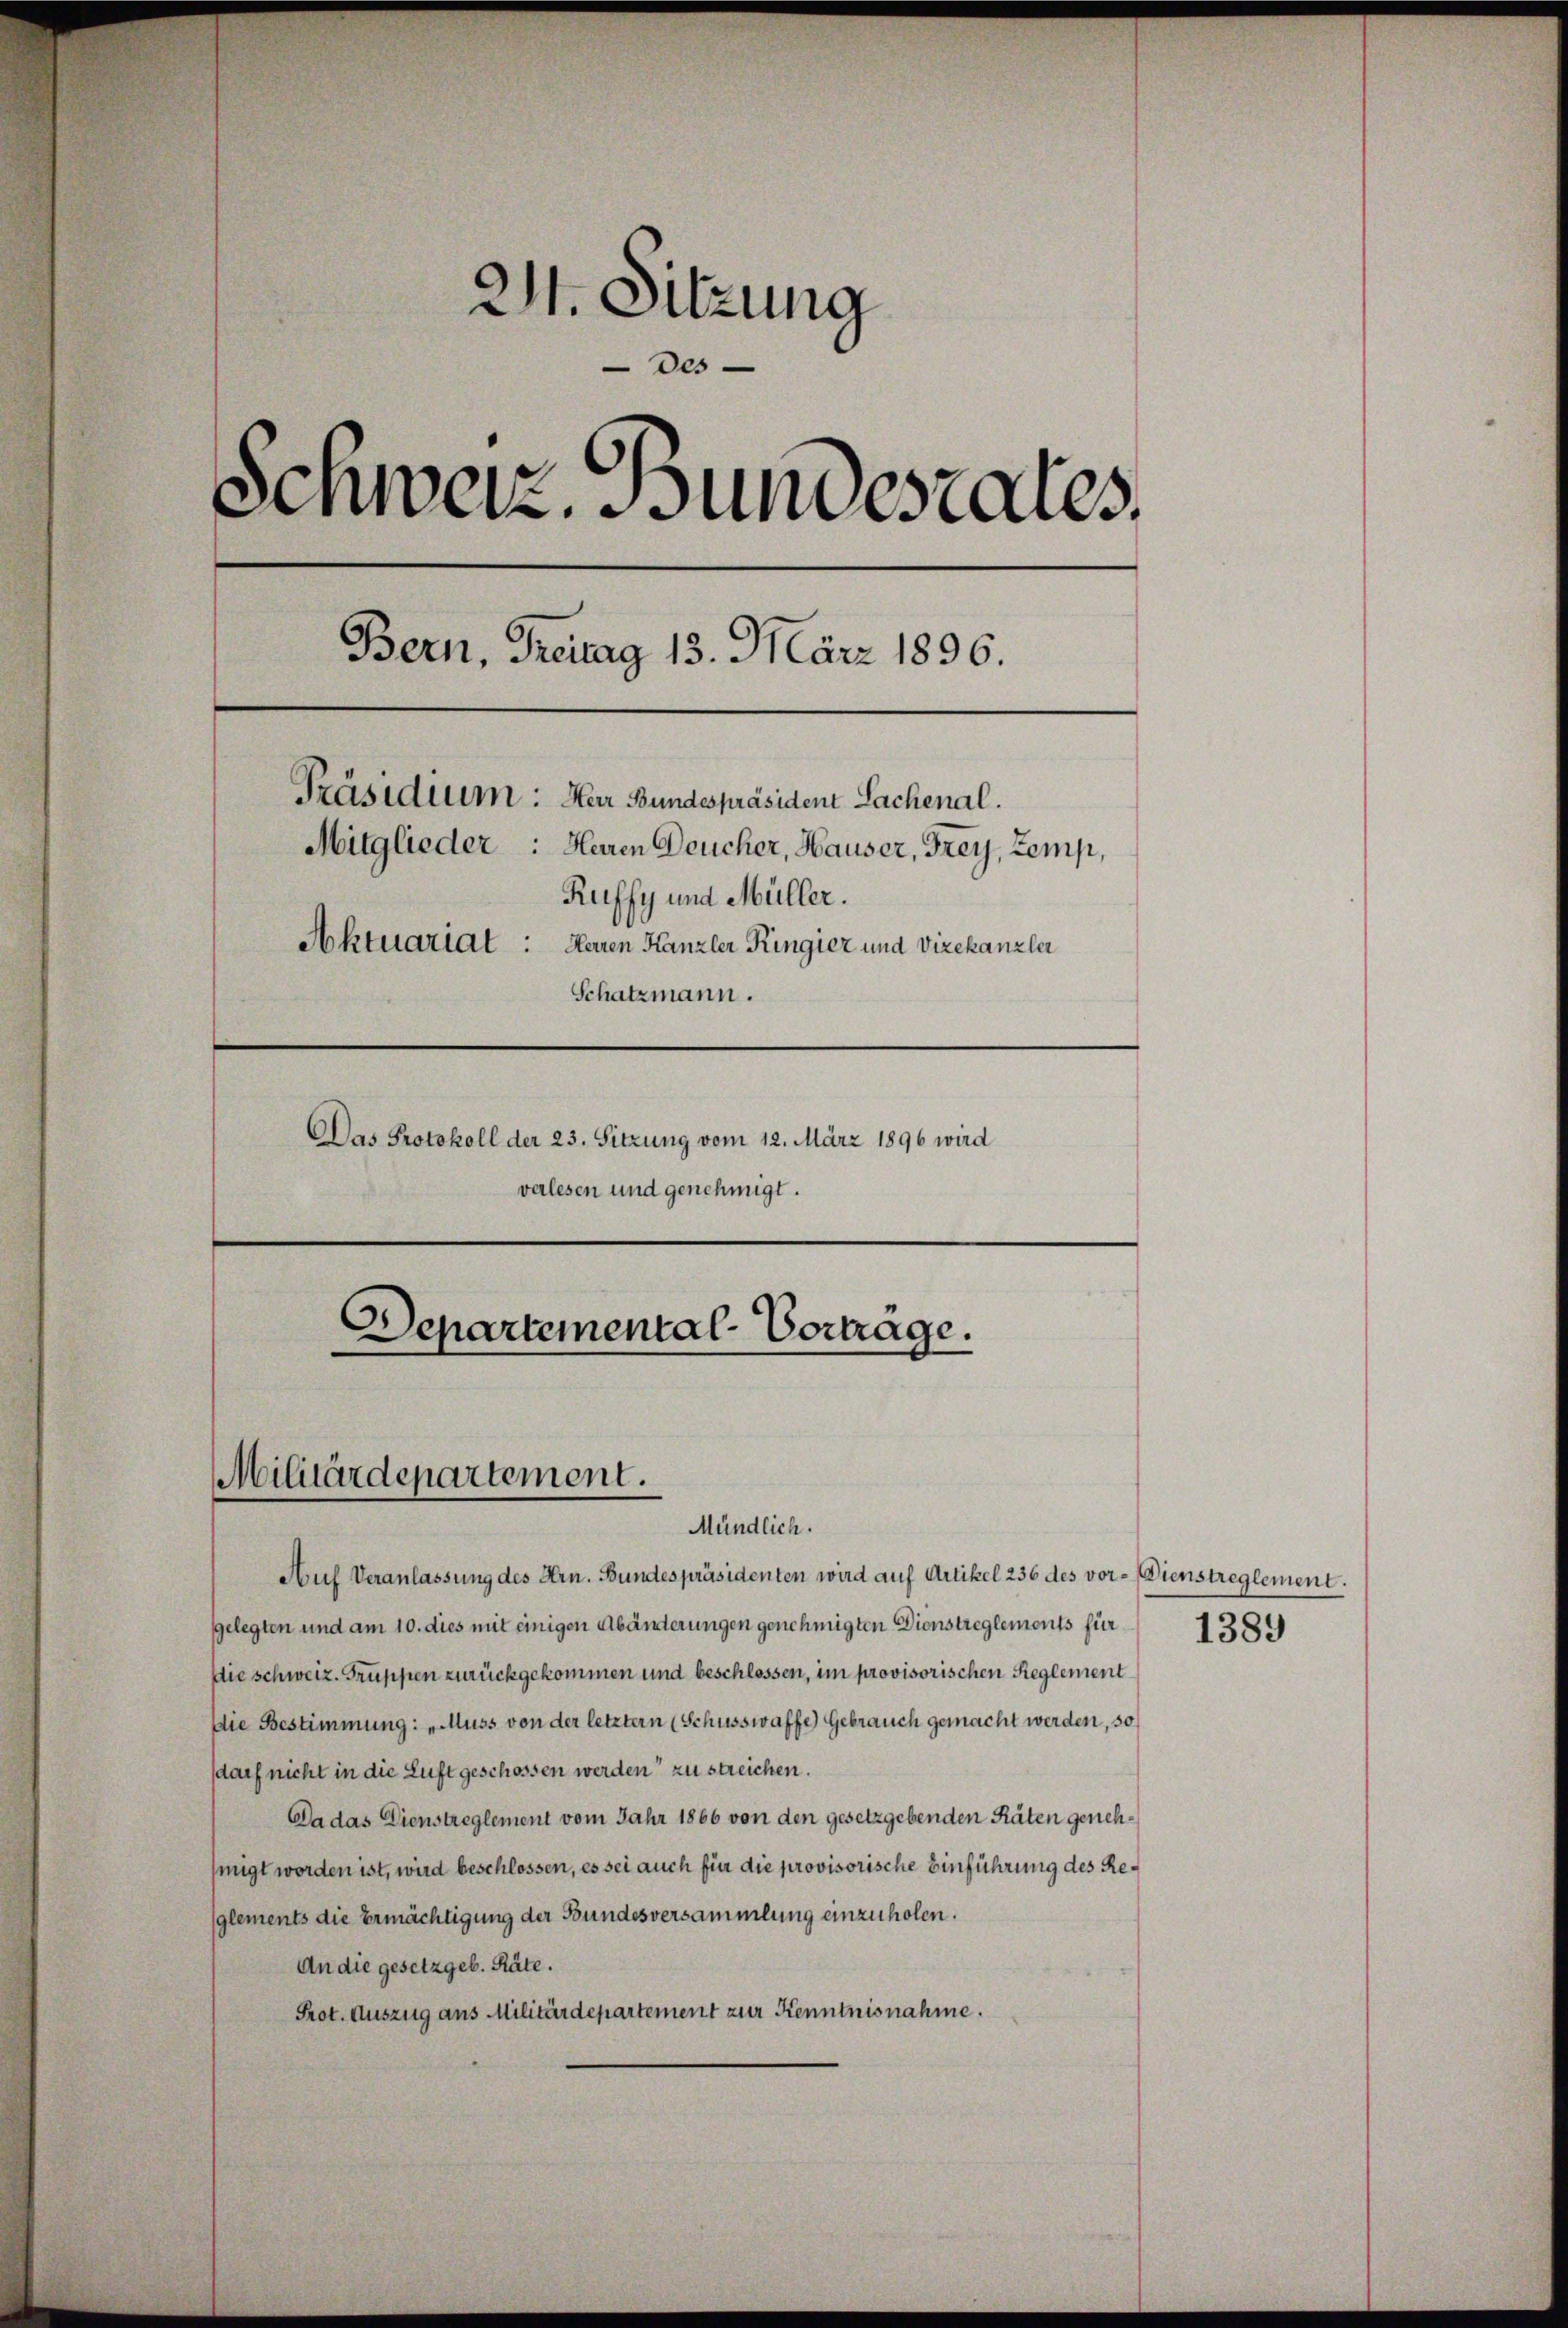
211. Sitzung
Des
Schweiz. Bundesrates.
Bern, Freitag 13. März 1896.
Präsidium: Herr Bundespräsident Sachenal.
Mitglieder: Heren Deucher, Hauser, Frey, Zemp,
Ruffy und Müller.
Aktuarial:
Herren Kanzler Ringier und Vizekanzlei
Schatzmann.
Das Protokoll der 23. Sitzung vom 12. März 1896 wird

verlesen und genehmigt.

Departemental-Vorträge.
Militärdepartement.
Mündlich.

Auf Veranlassung des Hrn. Bundespräsidenten wird auf Artikel 236 des vor- Dienstreglement.
gelegten und am 10. dies mit einigen Abänderungen genehmigten Dienstreglements für
die schweiz. Gruppen zurückgekommen und beschlossen, im provisorischen Reglement
Die Bestimmung: „Muss von der letztern (Schusswaffe) Gebrauch gemacht werden, so
darf nicht in die Luft geschossen werden zu streichen.
Da das Dienstreglement vom Jahr 1866 von den gesetzgebenden Räten genehhmigt worden ist, wird beschlossen, es sei auch für die provisorische Einführung des Reglements die Ermächtigung der Bundesversammlung einzuholen.
An die gesetzgeb. Räte.
Prot. Auszug aus Militärdepartement zur Kenntnisnahme.

1389